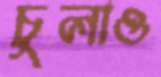
চুলাও